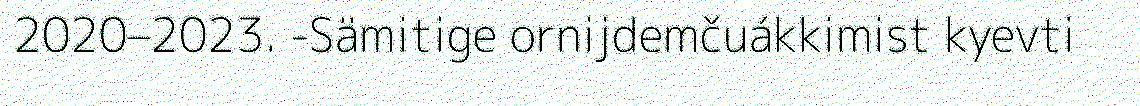
2020–2023. -Sämitige ornijdemčuákkimist kyevti